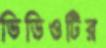
ভিডিওটির